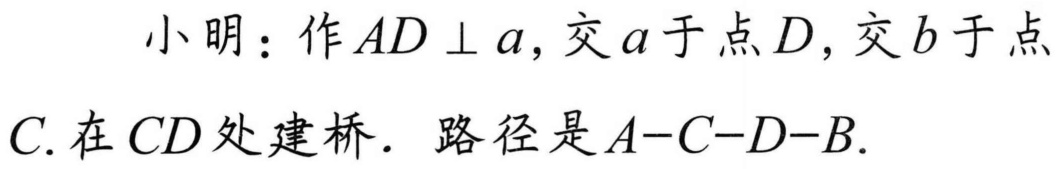
小明：作\(AD\perp a\)，交\(a\)于点\(D\)，交\(b\)于点
\(C\). 在\(CD\)处建桥. 路径是\(A - C - D - B\).